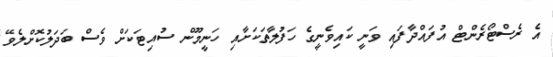
އެ ރެސްޓޯރެންޓް އުފައްދާފައި ވަނީ ކައިވެނީގެ ހަފުލާތަކަށާއި ހަނީމޫން ސުއިޓަކަށް ވެސް ބަދަލުކޮށްލެވޭ